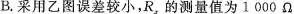
B.采用乙图误差较小，R_{x}的测量值为1000Ω